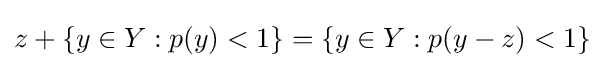
z+\{y\in Y:p(y)<1\}=\{y\in Y:p(y-z)<1\}